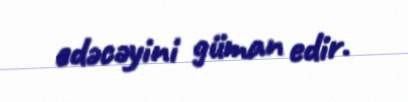
edəcəyini güman edir.